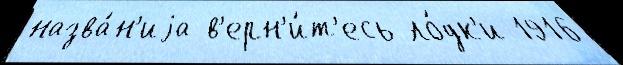
назва́н'иjа в'ерн'и́т'есь ло́дк'и 1916